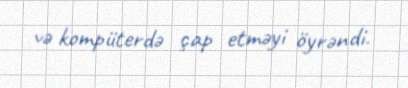
və kompüterdə çap etməyi öyrəndi.